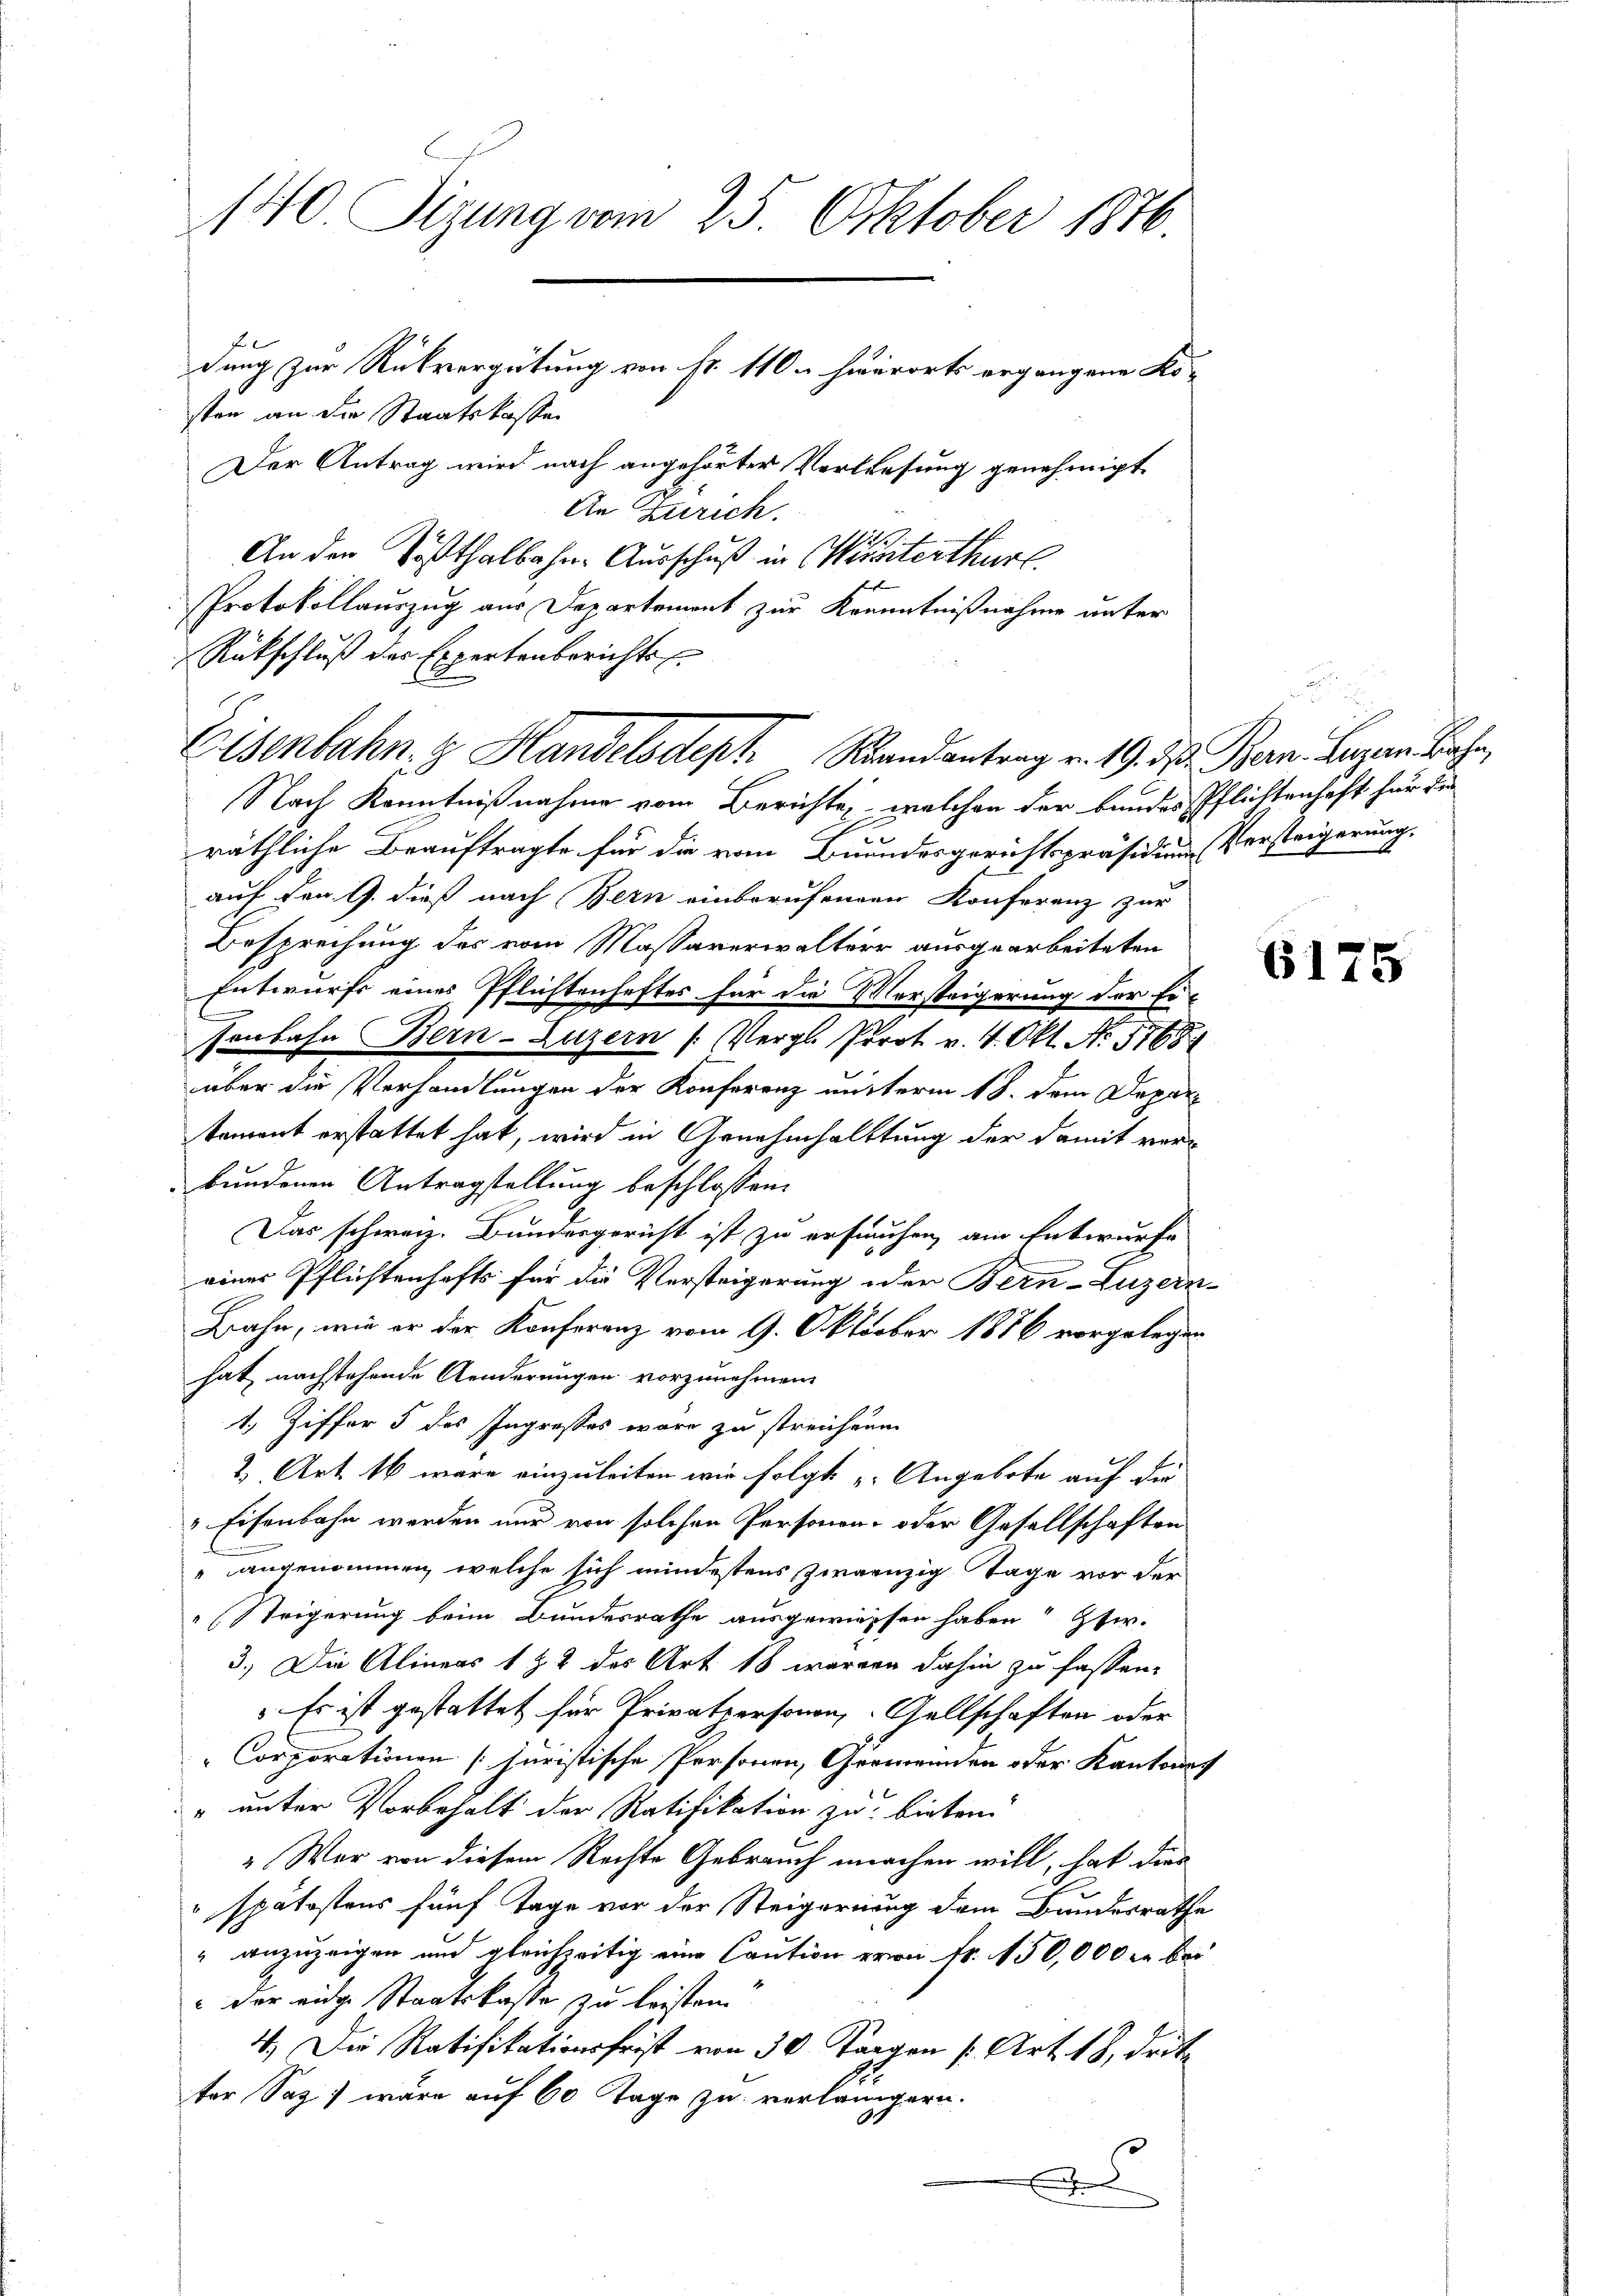
140. Sizung vom 25. Oktober 1876.
dung zur Rückvergütung von Fr. 110 u. hierorts ergangene Kosten an die Staatskassen
Der Antrag wird nach angehörter Verlesung genehmigt

An Zürich.
An der Tößthalbahne Ausschuß in Visiterthur
Protokollauszug aus Departement zur Kenntnißnahme unter
Rückschluß der Expertenberichts
Nach Kenntnißnahme vom Berichte, welchen der bundes Pflichtenhaft für die
räthliche Beauftragte für die vom Bundesgerichtspräsidium Versteigerung,
auf den G. dieß nach Bern einberufenden Konferenz zur
Besprechung des vom Massaverwaltern ausgearbeiteten
Entwurfs eines Pflichtenheftes für die Versteigerung der Er-
senbahn Bern-Luzern (Vergl. Prot. v. 4. Okt. No. 57681
über die Verhandlungen der Konferenz mitterm 18. dem Departement erstattet hat, wird in Genehmhalttung der damit verbundenen Antragstellung beschlossen:
Das schweiz. Bundesgericht ist zu erfruchen, am Entwurfe
eines Pflichtenhafts für die Versteigerung oder Bern-Luzern
Bahn, wie er der Konferenz vom 9. Oktober 1886 vorgelegen
hat nachstehende Aenderungen vorzunehmen.
1. Ziffer 5 des Ingresses wäre zu streichenm
2 Art. 16 wäre einzuleiten wir folgt „Angebote auf die
 Eisenbahn werden nur von solchen Personen- oder Gesellschaften
" angenommen, welche sich mindestens zwanzig Tage vor der
Steigerung beim Bundesrathe ausgewiessen haben? Etw.
3.) Die Alineas 1 & 2 des Art. 18 waren dahin zu fassen.
Es ist gestattet für Privatpersonen, Gellschaften oder
Corporationen [Juristische Personen, Gemeinden oder Kantona
" unter Vorbehalt der Ratifikation zu bieten
" War von diesem Rechte Gebrauch machen will, hat dies
spätestens fünf Tage vor der Steigerung dem Bundesrathe
" anzuzeigen und gleichzeitig eine Caution von fr. 150,000 M bei
 der eidge Staatskasse zu leisten.
4) Die Ratifikationsfrist von 30 Tagen (: Art. 18, dritter Saz) wäre auf 60 Tage zu verlangern.
.
e

Eisenbahn z. Handelsdept. Randantrag v. 19. d. Bern. Luzern Bahn,

6175